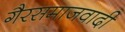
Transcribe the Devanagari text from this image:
गैरसमाजवादी